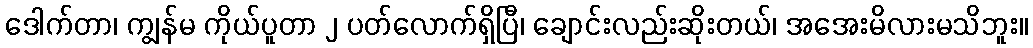
ဒေါက်တာ၊ ကျွန်မ ကိုယ်ပူတာ ၂ ပတ်လောက်ရှိပြီ၊ ချောင်းလည်းဆိုးတယ်၊ အအေးမိလားမသိဘူး။